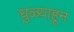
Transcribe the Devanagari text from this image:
धुळ्याहून